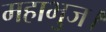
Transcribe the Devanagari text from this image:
महाभुज।